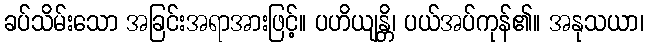
ခပ်သိမ်းသော အခြင်းအရာအားဖြင့်။ ပဟိယျန္တိ၊ ပယ်အပ်ကုန်၏။ အနုသယာ၊